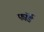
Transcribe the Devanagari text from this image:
फॉर्ड